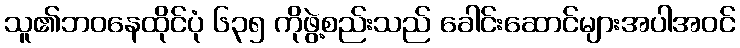
သူ၏ဘဝနေထိုင်ပုံ ၆၃၅ ကိုဖွဲ့စည်းသည် ခေါင်းဆောင်များအပါအဝင်